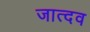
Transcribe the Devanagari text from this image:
जात्दव